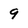
Character: 9